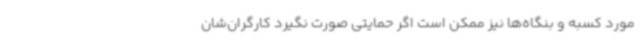
مورد کسبه و بنگاه‌ها نیز ممکن است اگر حمایتی صورت نگیرد کارگران‌شان